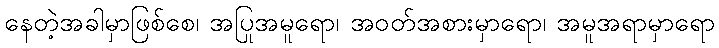
နေတဲ့အခါမှာဖြစ်စေ၊ အပြုအမူရော၊ အဝတ်အစားမှာရော၊ အမူအရာမှာရော